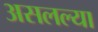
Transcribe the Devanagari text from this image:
असलल्या